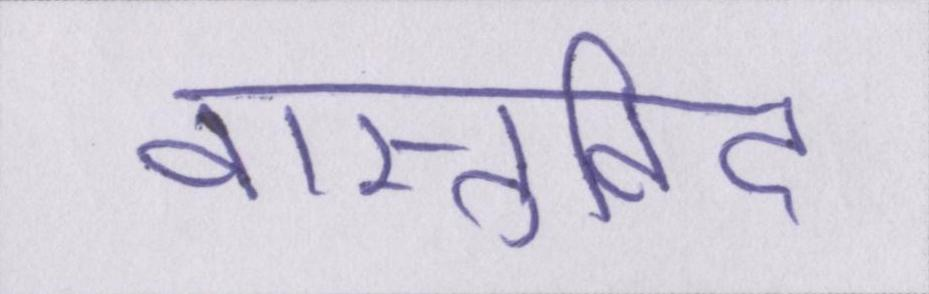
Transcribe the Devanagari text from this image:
वास्तुविद